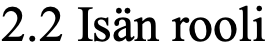
2.2 Isän rooli